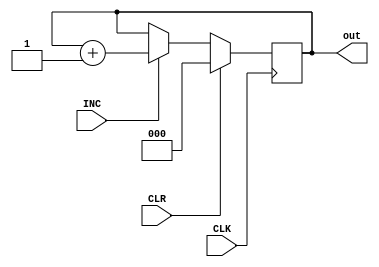
`timescale 1ns / 1ps
//////////////////////////////////////////////////////////////////////////////////
// Company: 
// Engineer: 
// 
// Design Name: 
// Module Name: SEQ_COUNTER
// Project Name: 
// Target Devices: 
// Tool Versions: 
// Description: 
// 
// Dependencies: 
// 
// Revision:
// Revision 0.01 - File Created
// Additional Comments:
// 
// 
// 
// 
// ////////////////////////////////////////////////////////////////////////////////




module SEQ_COUNTER(
CLR, INC, CLK, out);

	input CLR, INC, CLK;
	output reg [2:0] out;
	
	initial out = 0;

	always @ (posedge CLK)
		begin
			if(CLR)
				out = 3'b000;
			else if(INC)
				out = out + 3'b001;
		end
		
endmodule